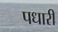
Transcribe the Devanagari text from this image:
पधारीं